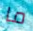
ما